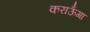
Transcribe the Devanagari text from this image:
कराऊँगा